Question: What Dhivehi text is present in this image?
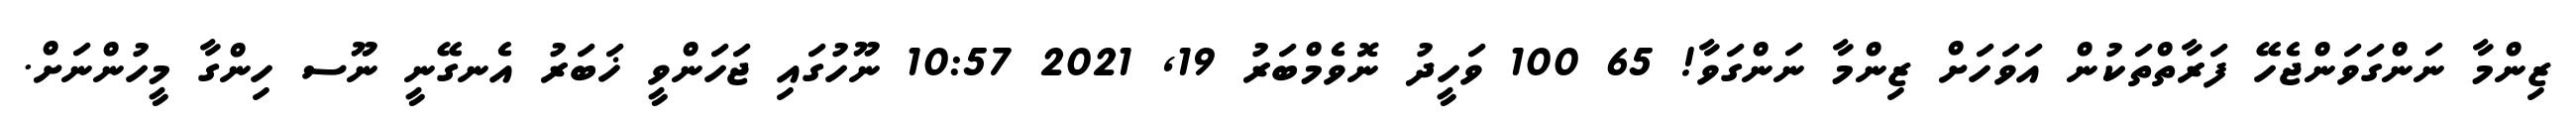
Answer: ޒިންމާ ނަންގަވަންޖެހޭ ފަރާތްތަކުން އަވަހަށް ޒިންމާ ނަންގަވާ! 65 100 ވަހީދު ނޮވެމްބަރު 19, 2021 10:57 ނޫހުގައި ޖަހަންވީ ޚަބަރު އެނގޭނީ ނޫސ ހިންގާ މީހުންނަށް.